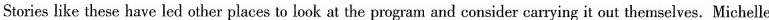
Stories like these have led other places to look at the program and consider carrying it out themselves. Michelle